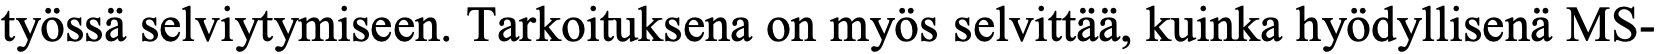
työssä selviytymiseen. Tarkoituksena on myös selvittää, kuinka hyödyllisenä MS-